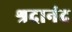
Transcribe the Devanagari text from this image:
श्रदानंद